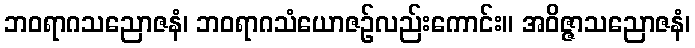
ဘဝရာဂသညောဇနံ၊ ဘဝရာဂသံယောဇဉ်လည်းကောင်း။ အဝိဇ္ဇာသညောဇနံ၊